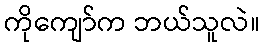
ကိုကျော်က ဘယ်သူလဲ။